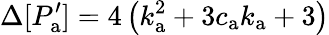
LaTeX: \Delta[P_{\mathrm{a}}^{\prime}]=4\left(k_{\mathrm{a}}^{2}+3c_{\mathrm{a}}k_{\mathrm{a}}+3\right)